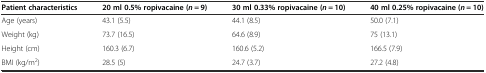
<table><thead><tr><td><b>Patient characteristics</b></td><td><b>20 ml 0.5% ropivacaine (<i>n</i> = 9)</b></td><td><b>30 ml 0.33% ropivacaine (<i>n</i> = 10)</b></td><td><b>40 ml 0.25% ropivacaine (<i>n</i> = 10)</b></td></tr></thead><tbody><tr><td>Age (years)</td><td>43.1 (5.5)</td><td>44.1 (8.5)</td><td>50.0 (7.1)</td></tr><tr><td>Weight (kg)</td><td>73.7 (16.5)</td><td>64.6 (8.9)</td><td>75 (13.1)</td></tr><tr><td>Height (cm)</td><td>160.3 (6.7)</td><td>160.6 (5.2)</td><td>166.5 (7.9)</td></tr><tr><td>BMI (kg/m<sup>2</sup>)</td><td>28.5 (5)</td><td>24.7 (3.7)</td><td>27.2 (4.8)</td></tr></tbody></table>